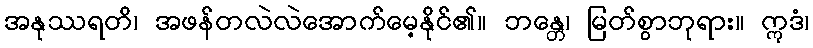
အနုဿရတိ၊ အဖန်တလဲလဲအောက်မေ့နိုင်၏။ ဘန္တေ၊ မြတ်စွာဘုရား။ ဣဒံ၊